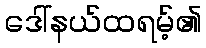
ဒေါ်နယ်ထရမ့်၏